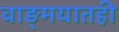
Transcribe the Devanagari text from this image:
वाङ्‌मयातही